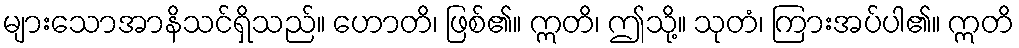
များသောအာနိသင်ရှိသည်။ ဟောတိ၊ ဖြစ်၏။ ဣတိ၊ ဤသို့။ သုတံ၊ ကြားအပ်ပါ၏။ ဣတိ